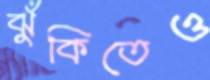
ঝুঁকিতেও